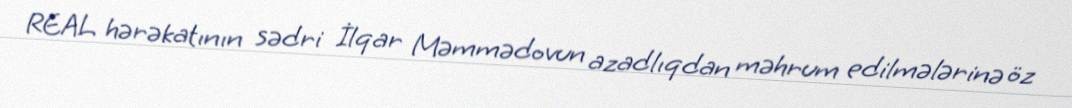
REAL hərəkatının sədri İlqar Məmmədovun azadlıqdan məhrum edilmələrinə öz